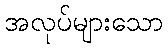
အလုပ်များသော